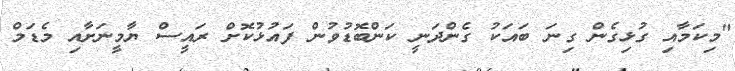
"މިކަމާއި ގުޅިގެން ގިނަ ބައަކު ގެންދަނީ ކަންބޮޑުވުން ފައުޅުކޮށް ރައީސް ޔާމީނަށާއި މެޑަމް